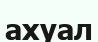
ахуал